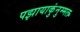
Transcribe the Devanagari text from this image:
पझायाकुंनुम्मल